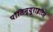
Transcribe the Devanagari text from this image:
पॉलिन्यूराइटिस